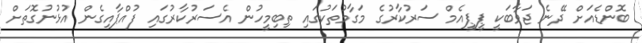
ބޮންޑެއަށް ދޭނެ ޖަވާބަކީ ޕީޕީއެމް ސަރުކާރުގެ މަގާމުތަކުގައި ތިބިމީހުން އެސަރުކާރުގައި ފުއްޕާއިގެން އުޅުނުގޮތަށް